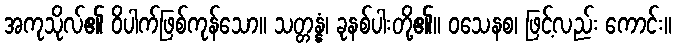
အကုသိုလ်၏ ဝိပါက်ဖြစ်ကုန်သော။ သတ္တန္နံ၊ ခုနစ်ပါးတို့၏။ ဝသေနစ၊ ဖြင့်လည်း ကောင်း။